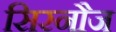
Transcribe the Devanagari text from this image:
सिरनौज